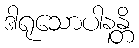
ဒါရုသောပါနန္တိ